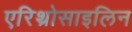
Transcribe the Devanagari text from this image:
एरिथ्रोसाइलिन